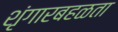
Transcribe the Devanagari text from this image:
शृंगारबहळता